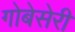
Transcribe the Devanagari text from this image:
गोबेसेरी